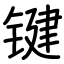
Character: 键